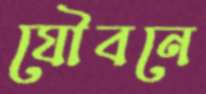
যৌবনে